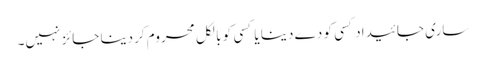
ساری جائیداد کسی کو دے دینا یا کسی کو بالکل محروم کردینا جائز نہیں۔